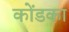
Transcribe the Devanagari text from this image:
कोंडका